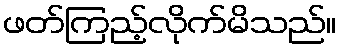
ဖတ်ကြည့်လိုက်မိသည်။